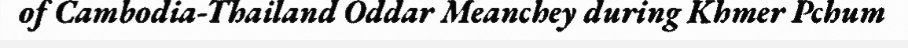
of Cambodia-Thailand Oddar Meanchey during Khmer Pchum